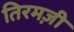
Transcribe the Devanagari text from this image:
तिरमज़ी